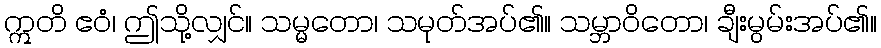
ဣတိ ဧဝံ၊ ဤသို့လျှင်။ သမ္မတော၊ သမုတ်အပ်၏။ သမ္ဘာဝိတော၊ ချီးမွမ်းအပ်၏။